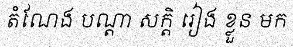
តំណែង បណ្តា សក្តិ រៀង ខ្លួន មក